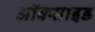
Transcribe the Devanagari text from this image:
अॉक्साइड